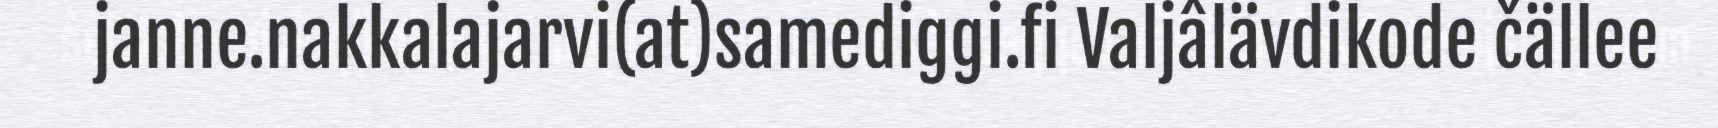
janne.nakkalajarvi(at)samediggi.fi Valjâlävdikode čällee